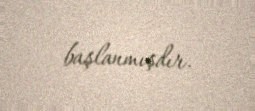
başlanmışdır.